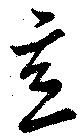
意